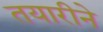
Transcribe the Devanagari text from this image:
तयारीने